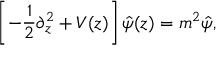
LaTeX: \left[ - { \frac { 1 } { 2 } } \partial _ { z } ^ { 2 } + V ( z ) \right] \hat { \psi } ( z ) = m ^ { 2 } \hat { \psi } ,